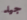
جيد